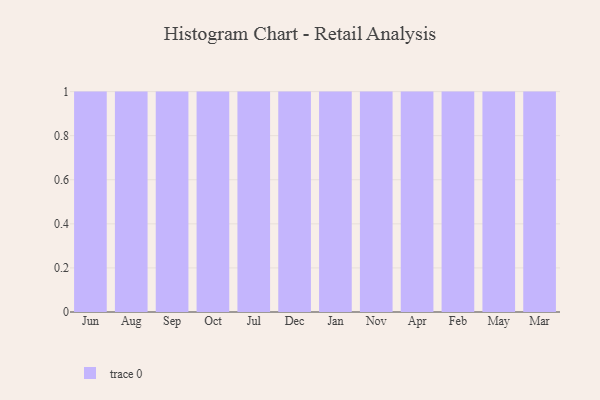
{"axis": {"x": "Month", "y": "Shipments"}, "legend": [""], "data": [{"x": "Jun", "y": 57, "type": ""}, {"x": "Aug", "y": 6, "type": ""}, {"x": "Sep", "y": 32, "type": ""}, {"x": "Oct", "y": 80, "type": ""}, {"x": "Jul", "y": 51, "type": ""}, {"x": "Dec", "y": 99, "type": ""}, {"x": "Jan", "y": 81, "type": ""}, {"x": "Nov", "y": 94, "type": ""}, {"x": "Apr", "y": 77, "type": ""}, {"x": "Feb", "y": 52, "type": ""}, {"x": "May", "y": 15, "type": ""}, {"x": "Mar", "y": 9, "type": ""}]}